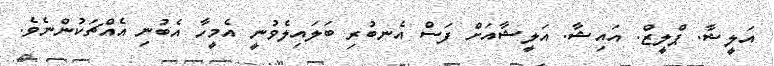
އަލީޝާ. ޕްލީޒް. އައިޝާ. އަލީޝާއަށް ފަސް އެނބުރި ބަލައިލެވުނީ އެމީހާ އެބުނި އެއްޗަކުންނެވެ.